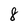
Character: 8